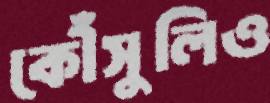
কৌঁসুলিও